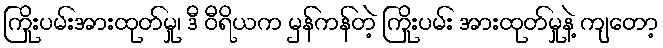
ကြိုးပမ်းအားထုတ်မှု၊ ဒီ ဝီရိယက မှန်ကန်တဲ့ ကြိုးပမ်း အားထုတ်မှုနဲ့ ကျတော့